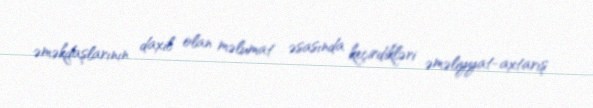
əməkdaşlarının daxil olan məlumat əsasında keçirdikləri əməliyyat-axtarış